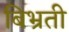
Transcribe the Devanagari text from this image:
बिभ्रती